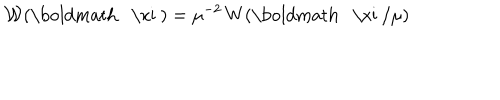
{ \mathcal W } ( \mathrm { \boldmath ~ \ x i ~ } ) = \mu ^ { - 2 } \, W ( \mathrm { \boldmath ~ \ x i ~ } / \mu ) \;